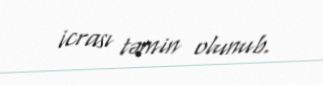
icrası təmin olunub.